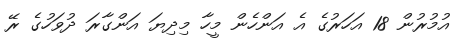
އުމުރުން 18 އަހަރުގެ އެ އަންހެން މީހާ މިދިޔަ އަންގާރަ ދުވަހުގެ ރޭ